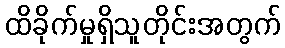
ထိခိုက်မှုရှိသူတိုင်းအတွက်